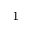
^ { 1 }